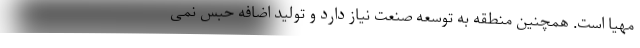
مهیا است. همچنین منطقه به توسعه صنعت نیاز دارد و تولید اضافه حبس نمی